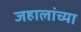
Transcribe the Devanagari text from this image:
जहालांच्या